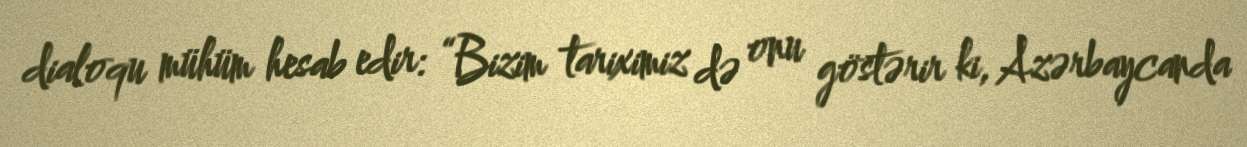
dialoqu mühüm hesab edir: “Bizim tariximiz də onu göstərir ki, Azərbaycanda